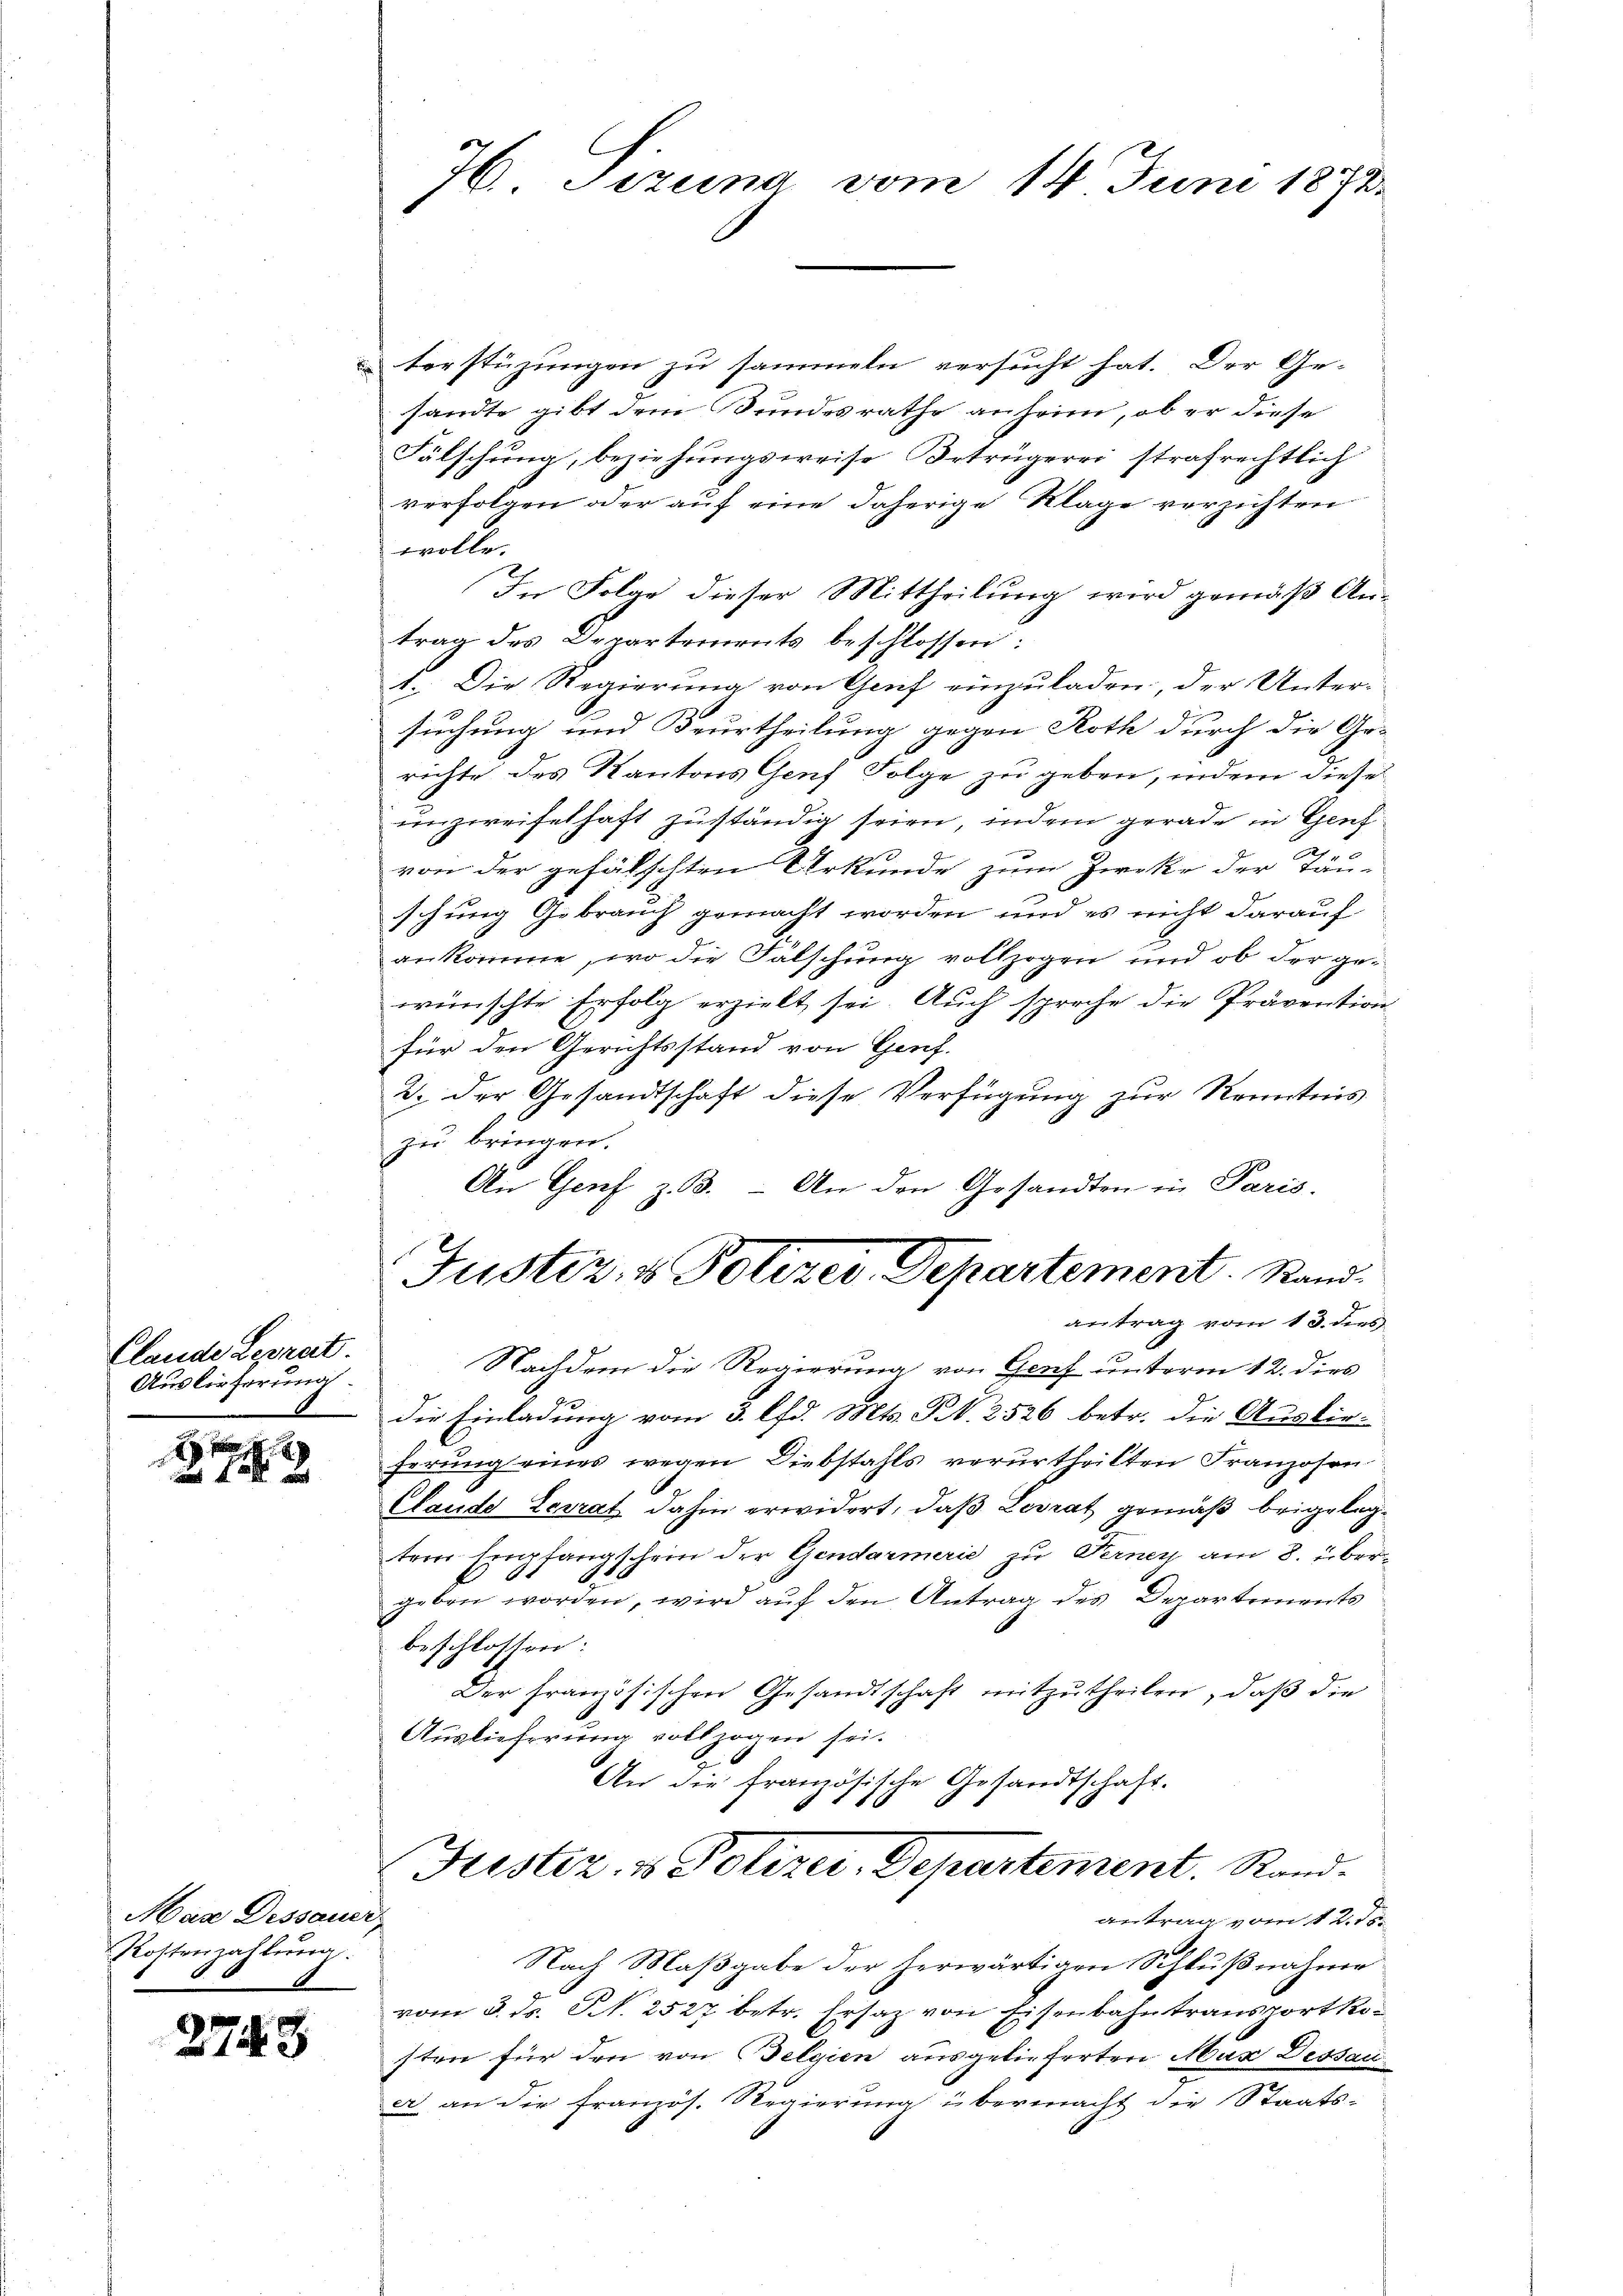
Clande Legrat.
Auslieferung

a

Mas Dessauer,
Kostenzahlung

2743

terstüzungen zu sammeln versucht hat. Der Ge-
sandte gibt dem Bundesrathe anheim, ob er diese
Fälschung, beziehungsweise Betrügerei strafrechtlich
verfolgen oder auf eine daherige Klage verzichten
wolle.
In Folge dieser Mittheilung wird gemäß Antrag des Departements beschlossen:
1. Die Regierung von Genf einzuladen, der Unter-
suchung und Beurtheilung gegen Roth durch die Gerichte des Kantons Genf Folge zu geben, indem diese
unzweifelhaft zuständig seien, indem gerade in Genf
u
von der gefälschten Urkunde zum Zwecke der Tau-
schung Gebrauch gemacht worden und es nicht darauf
ankomme, wo die Fälschung vollzogen und ob der gewünschte Erfolg erzielt sei. Auch spreche die Prävention
für den Gerichtsstand von Genf.
2. der Gesandtschaft diese Verfügung zur Kenntnis
zu bringen.
An Genf z. B. - An den Gesandten in Paris.
Justiz- & Polizei-Departement. Stand
antrag vom 13. dies
Nachdem die Regierung von Genf unterm 12. dies
 Die Einladung vom 3. lfd. Mts. Kr. 2526 betr. die Auslieferung eines wegen Diebstahls verurtheilten Franzosen
Claude Lesrat dahin erwidert, daß Lesrat gemäß beigelegtem Empfangschein der Gendarmerie zu Ferner am 8. übergeben worden, wird auf den Antrag des Departements
beschlossen:
Der französischen Gesandtschaft mitzutheilen, daß die
Auslieferung vollzogen sei.
An die französische Gesandtschaft.
Justiz & Polizer-Departement. Rand.
antrag vom 12. 15.
Nach Maßgabe der herwärtigen Schlußnahme
vom 3. ds. N. 2527 betr. Ersatz von Eisenbahntransportkosten für den von Belgien ausgelieferten Man Dessau
er an die Französ. Regierung übermacht die Staats¬

76 Tizuna vom 14. Juni 1873.